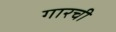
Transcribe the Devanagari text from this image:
गारची